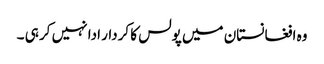
وہ افغانستان میں پولس کا کردار ادا نہیں کر ہی ۔